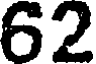
62